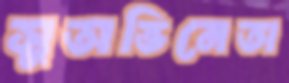
সুঅভিনেতা